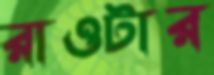
রাওটার